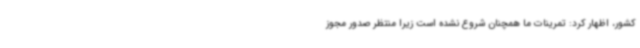
کشور، اظهار کرد: تمرینات ما همچنان شروع نشده است زیرا منتظر صدور مجوز